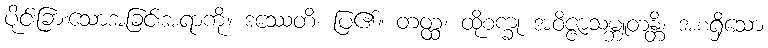
ပိုင်းခြားသောအခြင်းအရာကို။ ဒဿေတိ၊ ပြ၏။ တတ္ထ၊ ထိုစက္ခု အဝိဇ္ဇာသမ္ဘူတန္တိ၊ အစရှိသော